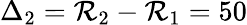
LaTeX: \Delta_{2}=\mathcal{R}_{2}-\mathcal{R}_{1}=50